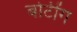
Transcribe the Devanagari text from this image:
बोटींग